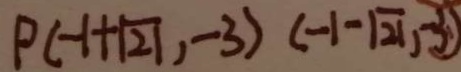
P ( - 1 + \sqrt { 2 1 } , - 3 ) ( - 1 - \sqrt { 2 1 } , - 3 )